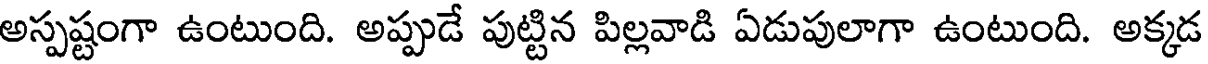
అస్పష్టంగా ఉంటుంది. అప్పుడే పుట్టిన పిల్లవాడి ఏడుపులాగా ఉంటుంది. అక్కడ